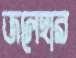
জলেহার